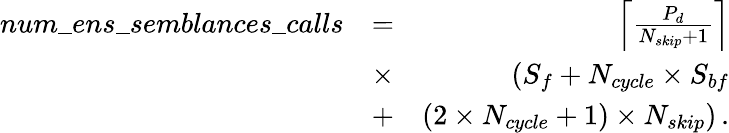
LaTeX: \begin{array}{rlr}{num\_ ens\_ semblances\_ calls}&{=}&{\left\lceil\frac{P_{d}}{N_{skip}+1}\right\rceil}\\ &{\times}&{\left(S_{f}+N_{cycle}\times S_{bf}\right.}\\ &{+}&{\left.(2\times N_{cycle}+1)\times N_{skip}\right)\, .}\end{array}